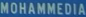
MOHAMMEDIA